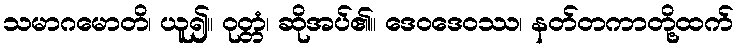
သမာဂမောတိ၊ ယူ၍။ ဝုတ္တံ၊ ဆိုအပ်၏။ ဒေဝဒေဝဿ၊ နတ်တကာတို့ထက်